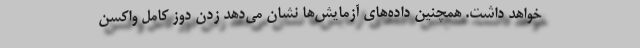
خواهد داشت. همچنین داده‌های آزمایش‌ها نشان می‌دهد زدن دوز کامل واکسن